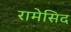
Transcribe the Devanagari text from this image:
रामेसिद